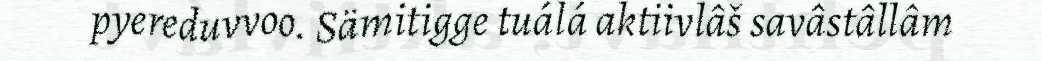
pyereduvvoo. Sämitigge tuálá aktiivlâš savâstâllâm